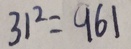
3 1 ^ { 2 } = 9 6 1